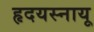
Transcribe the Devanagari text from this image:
हृदयस्नायू